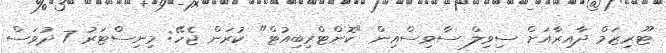
ޓޫރިޒަމް ދާއިރާއަށް ސިވިލް ސާވިސްއިން "ކޮންޓްރިބިއުޓް" ކުރަން ޖެހޭ: މިނިސްޓަރު 7 ދުވަސް